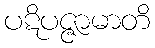
ပဋိပဇ္ဇာမာတိ